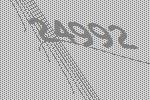
24992